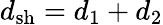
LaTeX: d_{\mathrm{sh}}=d_{\mathrm{1}}+d_{\mathrm{2}}